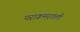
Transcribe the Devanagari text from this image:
पराक्रमशाली